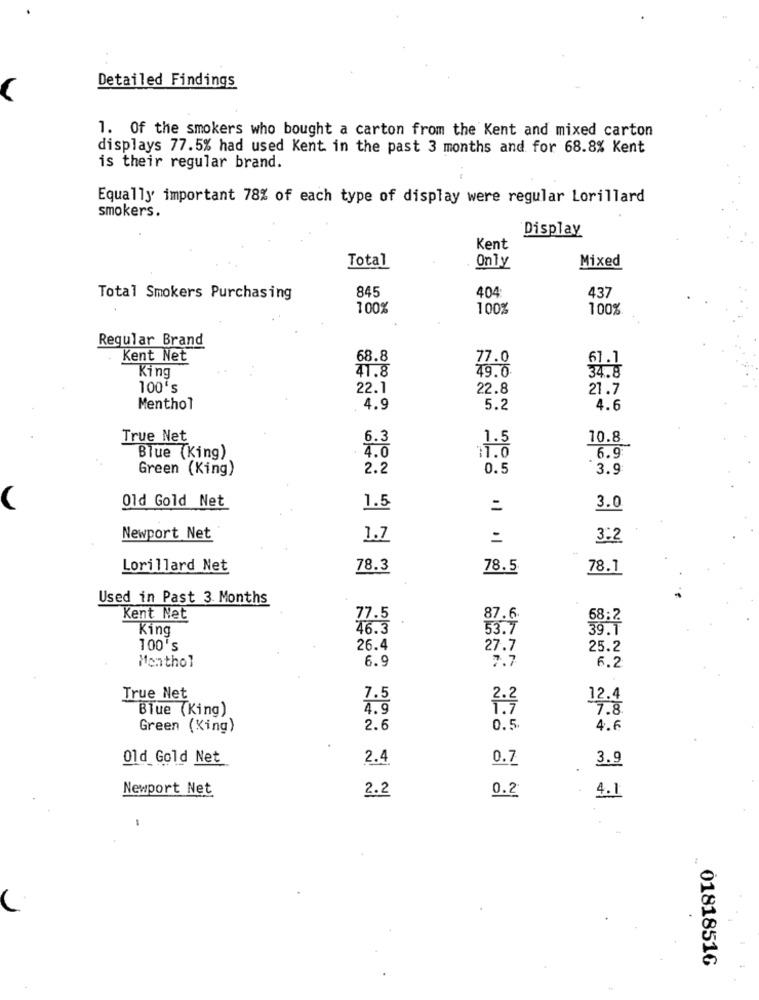
Detailed Findings
1. Of the smokers who bought a carton from the Kent and mixed carton
displays 77.5% had used Kent in the past 3 months and for 68.8% Kent
is their regular brand.
Equally important 78% of each type of display were regular Lorillard
smokers.
Display
Kent
Total
Mixed
Only
845
404
437
Total Smokers Purchasing
100%
100%
100%
Regular Brand
Kent Net
68.8
77.0
61.1
41.8
34.8
King
49.0
100ºs
22.1
22.8
21.7
Menthol
4.9
5.2
4.6
True Net
6.3
1.5
10.8
4.0
11.0
Blue (King)
6.9
Green (King)
2.2
0.5
3.9
Old Gold Net
1.5
3.0
Newport Net
1.7
=
3:2
Lorillard Net
78.3
78.5
78.1
Used in Past 3 Months
Kent Net
77.5
87.6
68:2
King
46.3
53.7
39.1
100's
26.4
27.7
25.2
6.9
7.7
Monthol
6.2
True Net
7.5
12.4
Blue (King)
4.9
7.8
Green (King)
2.6
0.5
4.6
Old Gold Net
2.4
0.7
3.9
Newport Net
2.2
4.1
0.2
01818516